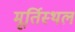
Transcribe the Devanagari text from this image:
मूर्तिस्थल